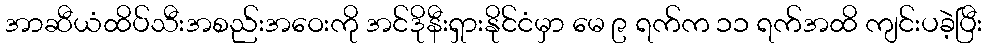
အာဆီယံထိပ်သီးအစည်းအဝေးကို အင်ဒိုနီးရှားနိုင်ငံမှာ မေ ၉ ရက်က ၁၁ ရက်အထိ ကျင်းပခဲ့ပြီး